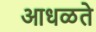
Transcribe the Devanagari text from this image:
आधळते